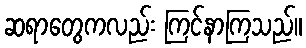
ဆရာတွေကလည်း ကြင်နာကြသည်။